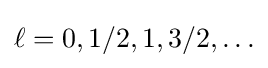
\ell =0,1/2,1,3/2,\ldots